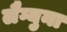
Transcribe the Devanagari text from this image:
लैग्युना